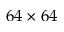
6 4 \times 6 4